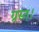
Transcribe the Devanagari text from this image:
ग्रस्त।